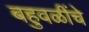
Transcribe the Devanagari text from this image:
बहुवळींचे